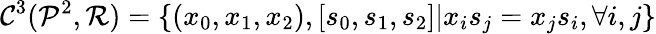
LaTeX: {{\mathcal C}^{3}}({{\mathcal P}^{2}},{\mathcal R})=\{ ({x_{0}},{x_{1}},{x_{2}}),[{s_{0}},{s_{1}},{s_{2}}]\vert{x_{i}}{s_{j}}={x_{j}}{s_{i}},\forall i,j\}